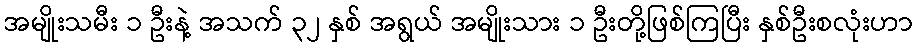
အမျိုးသမီး ၁ ဦးနဲ့ အသက် ၃၂ နှစ် အရွယ် အမျိုးသား ၁ ဦးတို့ဖြစ်ကြပြီး နှစ်ဦးစလုံးဟာ